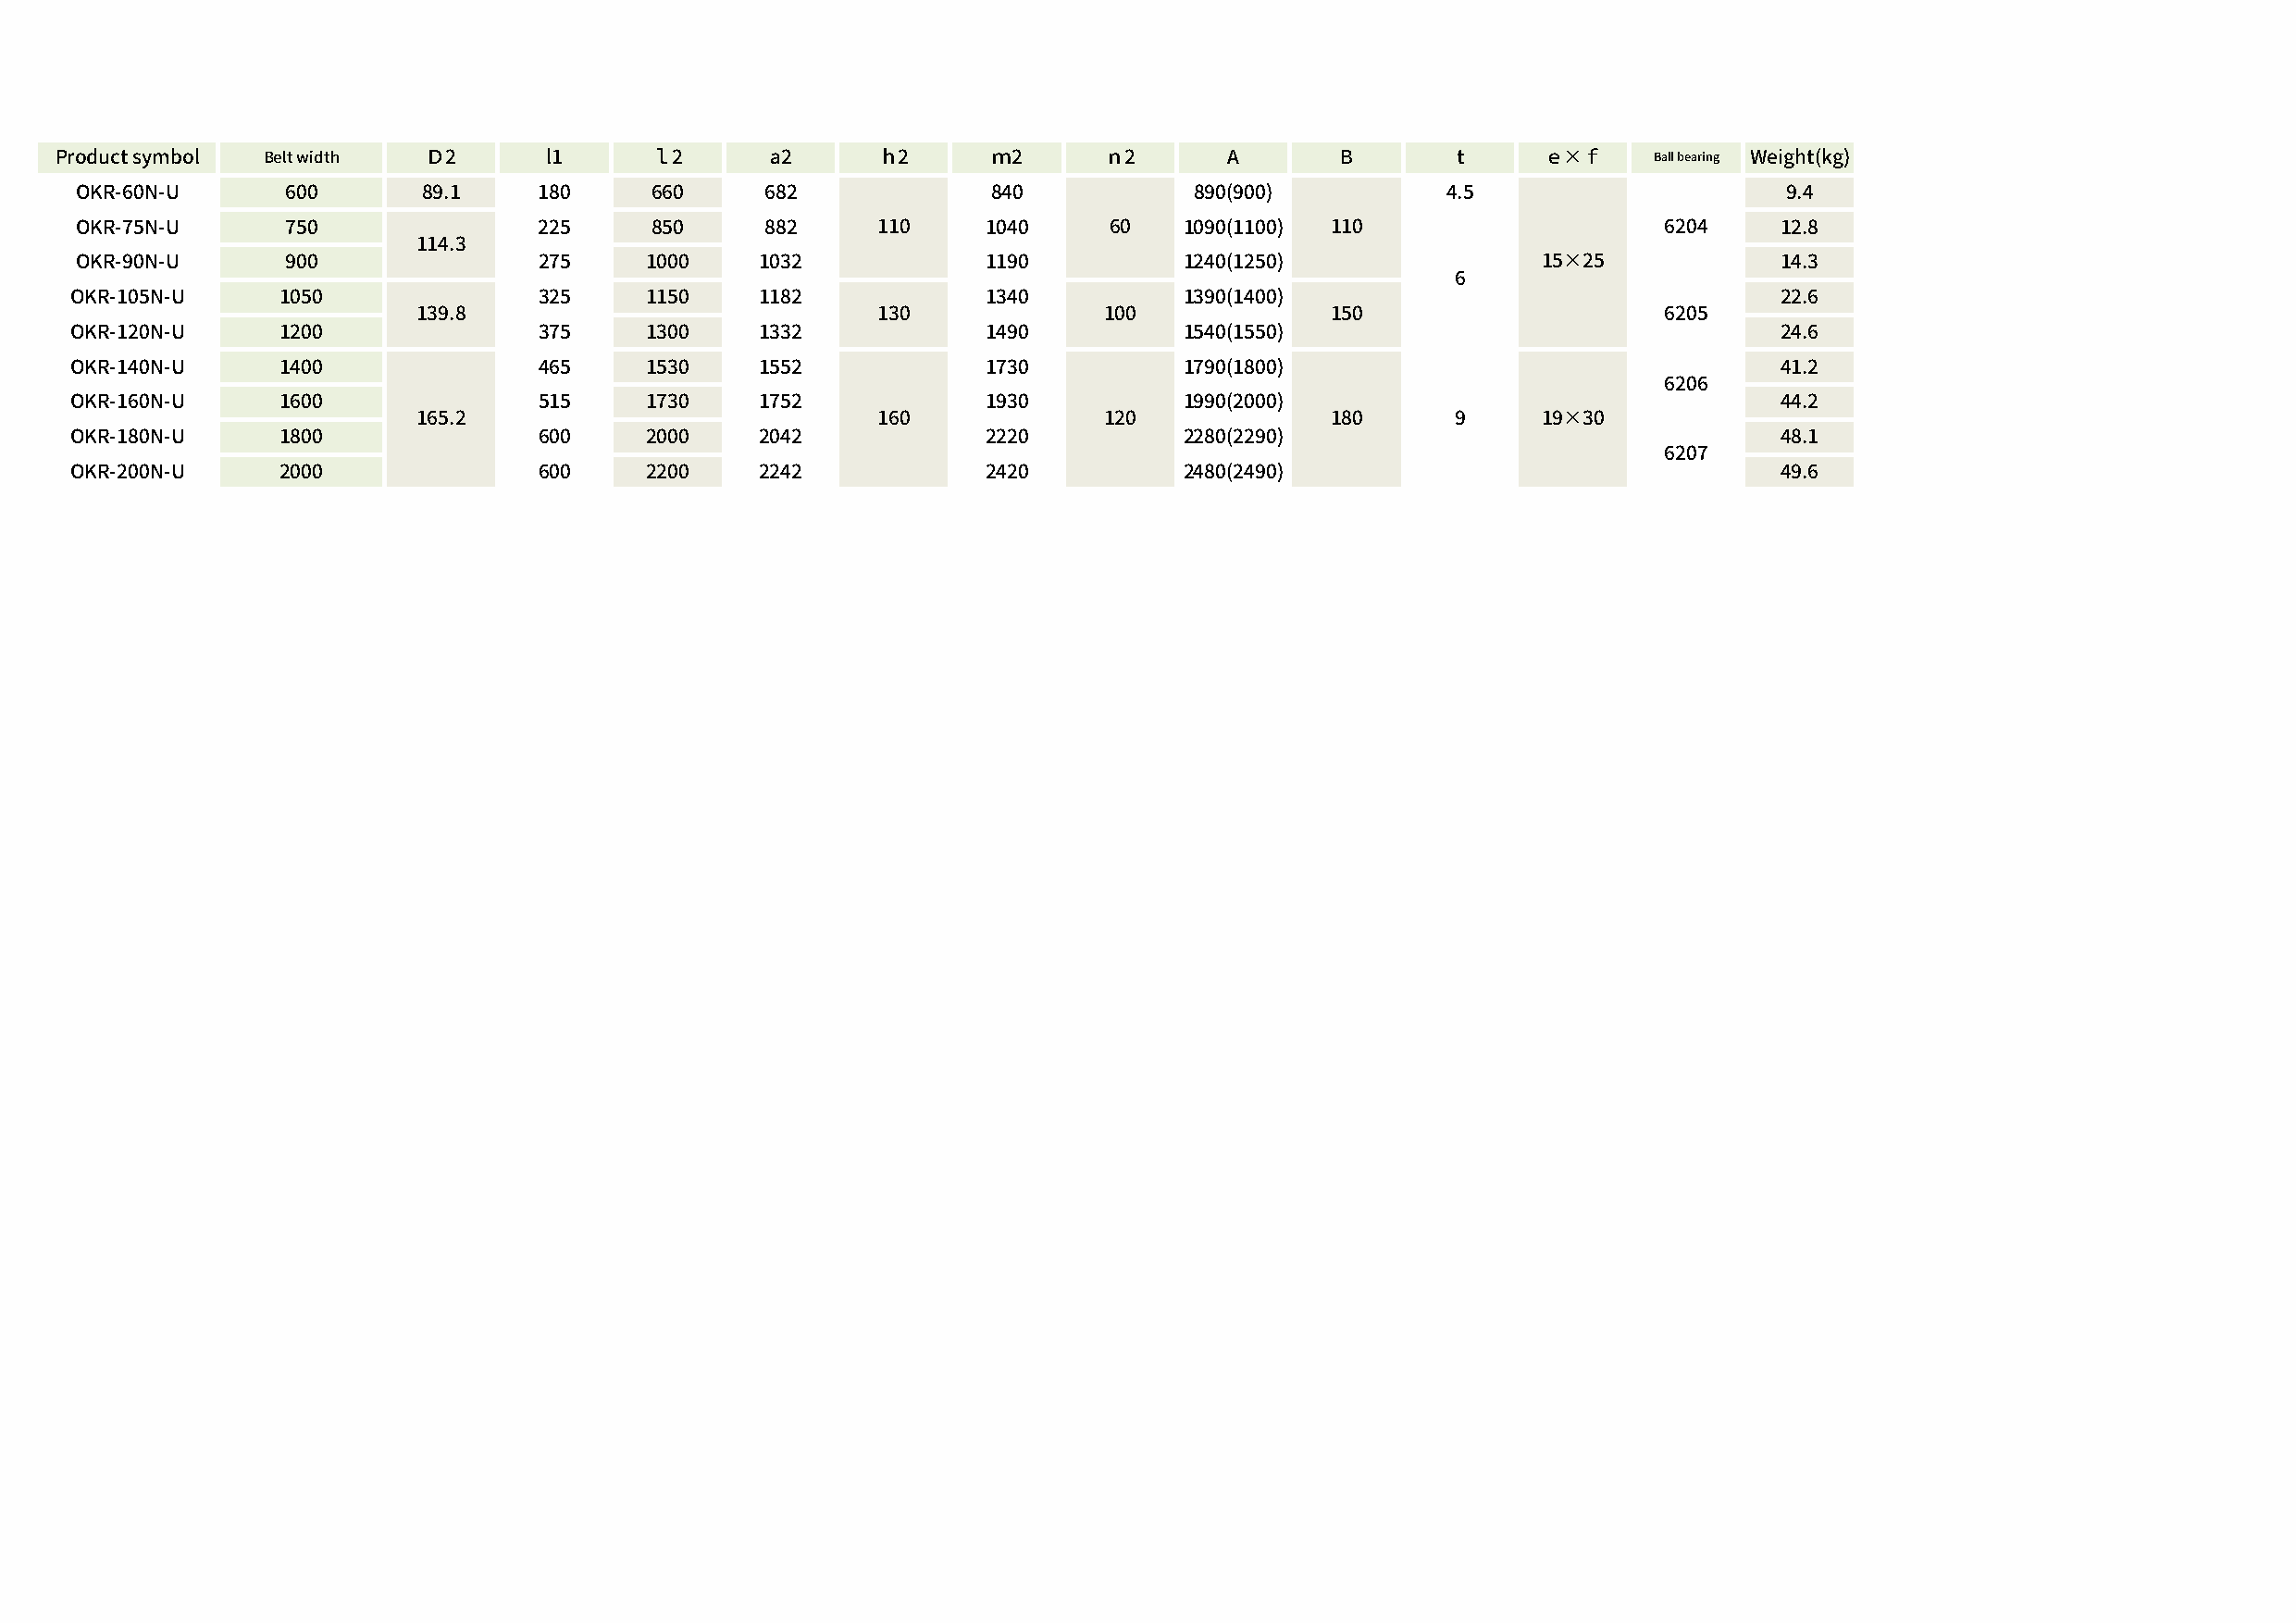
Product symbol Belt width Ｄ2       l1      ｌ2      a2      ｈ2      ｍ2      ｎ2       A       B       t     ｅ×ｆ     Ball bearing Weight(kg)
 OKR-60N-U      600       89.1    180      660     682             840           890(900)          4.5                      9.4
 OKR-75N-U      750               225      850     882     110    1040     60    1090(1100) 110                    6204    12.8
 114.3
 OKR-90N-U      900               275     1000    1032            1190           1240(1250)               15×25            14.3
 6
 OKR-105N-U     1050              325     1150    1182            1340           1390(1400)                                22.6
 139.8                            130             100             150                     6205
 OKR-120N-U     1200              375     1300    1332            1490           1540(1550)                                24.6
 OKR-140N-U     1400              465     1530    1552            1730           1790(1800)                                41.2
 6206
 OKR-160N-U     1600              515     1730    1752            1930           1990(2000)                                44.2
 165.2                            160             120             180      9     19×30
 OKR-180N-U     1800              600     2000    2042            2220           2280(2290)                                48.1
 6207
 OKR-200N-U     2000              600     2200    2242            2420           2480(2490)                                49.6